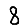
Digit: 8